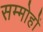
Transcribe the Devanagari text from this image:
सम्मोहों